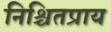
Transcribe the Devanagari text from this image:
निश्चितप्राय